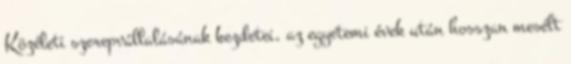
Közéleti szerepvállalásának kezdetei, az egyetemi évek után hosszan mesélt